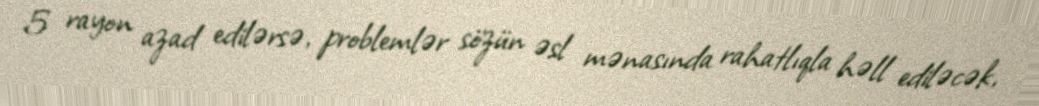
5 rayon azad edilərsə, problemlər sözün əsl mənasında rahatlıqla həll ediləcək,